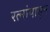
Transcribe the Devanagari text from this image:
रत्‍नांपासून